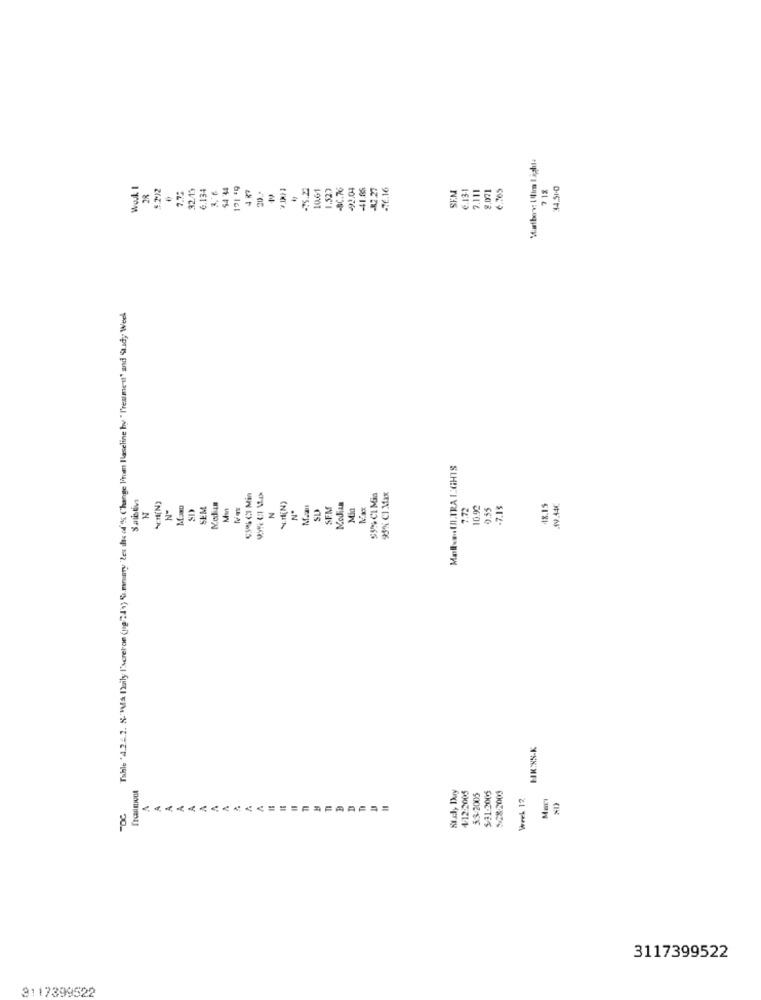
wok I
28
1.212
7.7:
.134
54 34
121 49
20 ..
5.22
0.61
1.527
-SC.76
92.04
41.86
R2.27
-76.16
SE.M
7.111
2.071
6.565
71%
34.51-0
Table ' 4.22.2. 8. Ma Daily I'screton (up"24'\) Summary"les ils of % Change P'rom Ilaseline by " l'resimeril" and ".dy Week
MallaUI.TRA 1;GHIS
CS% CI Min
$1%- CL Mia
95% CI Max
N
SEM
Median
Nº
Mai
SU
SEM
MoJian
Min
7,72
10.92
0.55
-7.15
48.15
₩0.44€
N
HK:XS-K
4-12:2005
Suchy Duy
5.3-2005
$/11:2005
528-2003
Werk 12
Mar
8
3117399522
3117399522